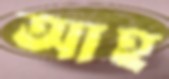
আহ